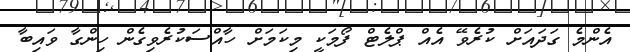
އެންމެ ގަދައަށް ކުރެވޭ އެއް ޕްލެޓް ފޯމަކީ މިކަމަށް ހާއްސަކުރެވިގެން ހިންގާ ވައިބާ